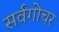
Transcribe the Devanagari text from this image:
सर्वगोचर